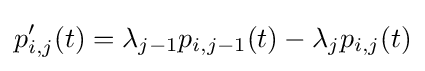
p'_{i,j}(t)=\lambda _{j-1}p_{i,j-1}(t)-\lambda _{j}p_{i,j}(t)